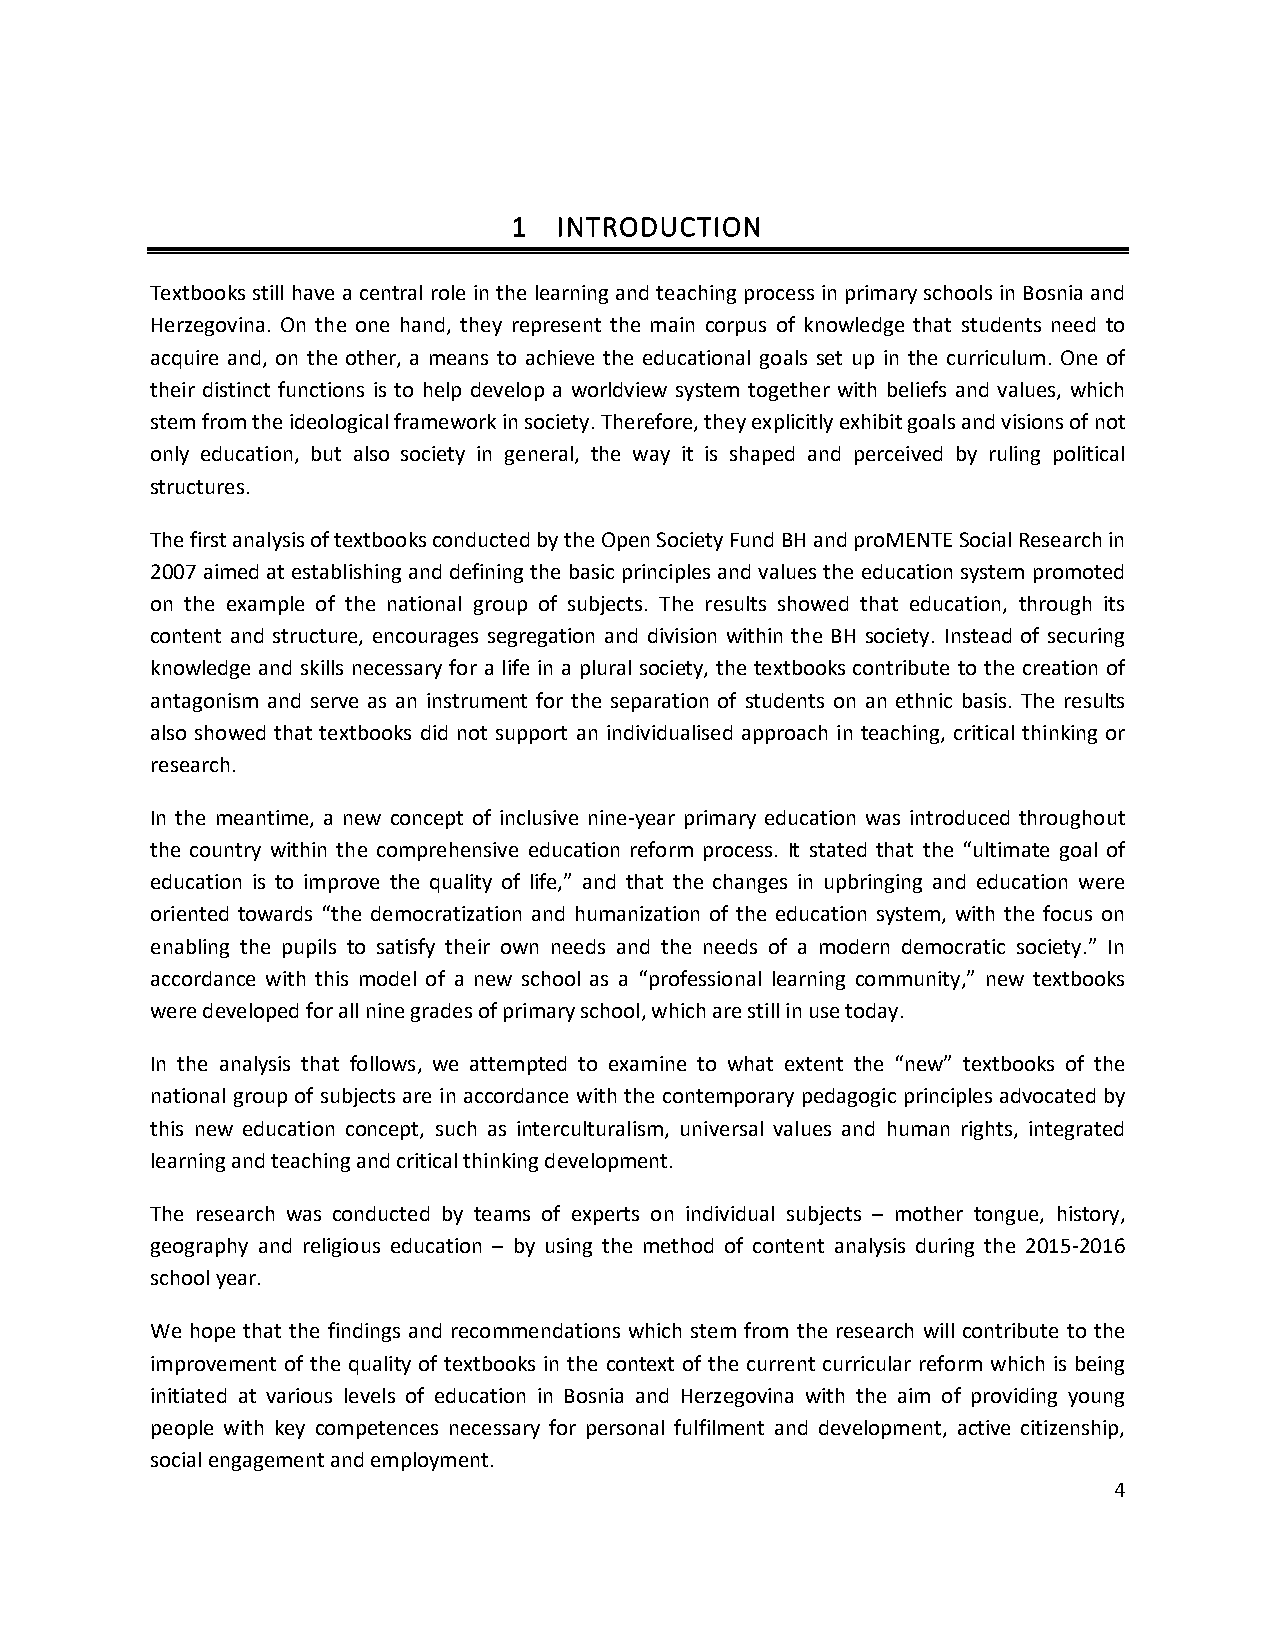
1  INTRODUCTION
 Textbooks still have a central role in the learning and teaching process in primary schools in Bosnia and
 Herzegovina. On the one hand, they represent the main corpus of knowledge that students need to
 acquire and, on the other, a means to achieve the educational goals set up in the curriculum. One of
 their distinct functions is to help develop a worldview system together with beliefs and values, which
 stem from the ideological framework in society. Therefore, they explicitly exhibit goals and visions of not
 only education, but also society in general, the way it is shaped and perceived by ruling political
 structures.
 The first analysis of textbooks conducted by the Open Society Fund BH and proMENTE Social Research in
 2007 aimed at establishing and defining the basic principles and values the education system promoted
 on the example of the national group of subjects. The results showed that education, through its
 content and structure, encourages segregation and division within the BH society. Instead of securing
 knowledge and skills necessary for a life in a plural society, the textbooks contribute to the creation of
 antagonism and serve as an instrument for the separation of students on an ethnic basis. The results
 also showed that textbooks did not support an individualised approach in teaching, critical thinking or
 research.
 In the meantime, a new concept of inclusive nine-year primary education was introduced throughout
 the country within the comprehensive education reform process. It stated that the “ultimate goal of
 education is to improve the quality of life,” and that the changes in upbringing and education were
 oriented towards “the democratization and humanization of the education system, with the focus on
 enabling the pupils to satisfy their own needs and the needs of a modern democratic society.” In
 accordance with this model of a new school as a “professional learning community,” new textbooks
 were developed for all nine grades of primary school, which are still in use today.
 In the analysis that follows, we attempted to examine to what extent the “new” textbooks of the
 national group of subjects are in accordance with the contemporary pedagogic principles advocated by
 this new education concept, such as interculturalism, universal values and human rights, integrated
 learning and teaching and critical thinking development.
 The research was conducted by teams of experts on individual subjects – mother tongue, history,
 geography and religious education – by using the method of content analysis during the 2015-2016
 school year.
 We hope that the findings and recommendations which stem from the research will contribute to the
 improvement of the quality of textbooks in the context of the current curricular reform which is being
 initiated at various levels of education in Bosnia and Herzegovina with the aim of providing young
 people with key competences necessary for personal fulfilment and development, active citizenship,
 social engagement and employment.
 4